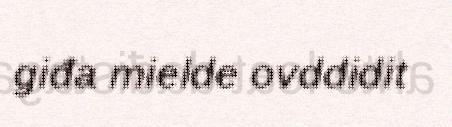
giđa mielde ovddidit